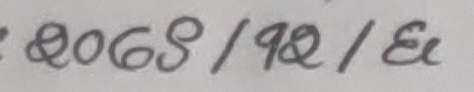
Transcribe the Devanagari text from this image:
२०८९/१२/६८